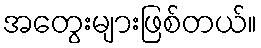
အတွေးများဖြစ်တယ်။